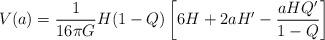
LaTeX: \begin{align*}V(a) = \frac{1}{16\pi G} H (1-Q)\left[6H + 2aH' - \frac{aH Q'}{1-Q}\right] \end{align*}